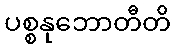
ပစ္စနုဘောတီတိ